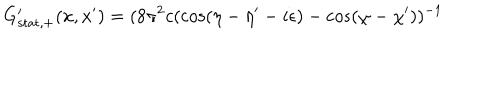
G _ { \mathrm { s t a t , + } } ^ { \prime } ( x , x ^ { \prime } ) = ( 8 \pi ^ { 2 } c ( \cos ( \eta - \eta ^ { \prime } - i \epsilon ) - \cos ( \chi - \chi ^ { \prime } ) ) ^ { - 1 }